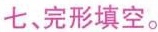
七、完形填空.